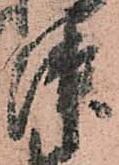
津